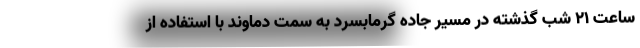
ساعت ۲۱ شب گذشته در مسیر جاده گرمابسرد به سمت دماوند با استفاده از